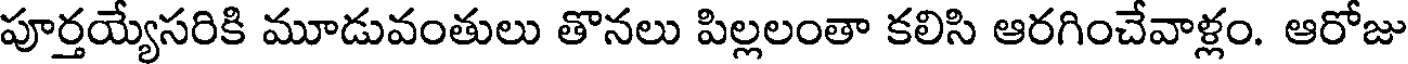
పూర్తయ్యేసరికి మూడువంతులు తొనలు పిల్లలంతా కలిసి ఆరగించేవాళ్లం. ఆరోజు